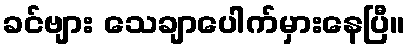
ခင်ဗျား သေချာပေါက်မှားနေပြီ။